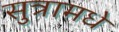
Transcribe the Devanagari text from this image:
सुत्रामधे